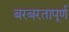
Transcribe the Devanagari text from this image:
बरबरतापूर्ण